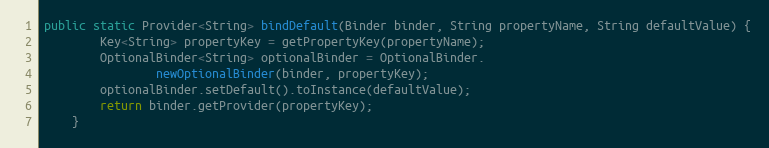
Language: Java
public static Provider<String> bindDefault(Binder binder, String propertyName, String defaultValue) {
        Key<String> propertyKey = getPropertyKey(propertyName);
        OptionalBinder<String> optionalBinder = OptionalBinder.
                newOptionalBinder(binder, propertyKey);
        optionalBinder.setDefault().toInstance(defaultValue);
        return binder.getProvider(propertyKey);
    }